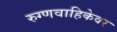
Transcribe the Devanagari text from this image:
रुग्णवाहिकेवर